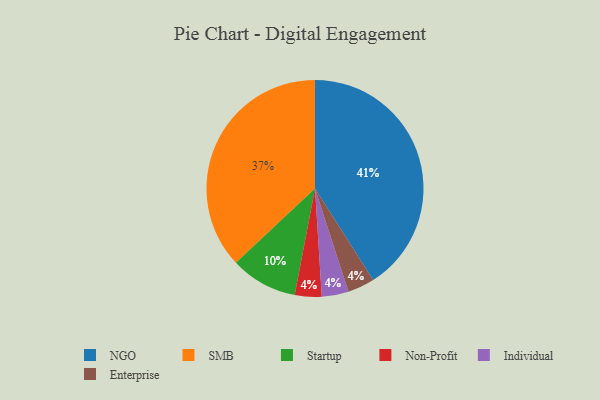
{"axis": {"x": "Category", "y": "Percentage"}, "legend": ["Enterprise", "Individual", "NGO", "Non-Profit", "SMB", "Startup"], "data": [{"x": "Startup", "y": 10, "type": "Startup"}, {"x": "Non-Profit", "y": 4, "type": "Non-Profit"}, {"x": "NGO", "y": 41, "type": "NGO"}, {"x": "Individual", "y": 4, "type": "Individual"}, {"x": "SMB", "y": 37, "type": "SMB"}, {"x": "Enterprise", "y": 4, "type": "Enterprise"}]}